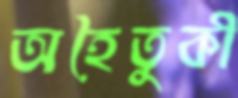
অহৈতুকী